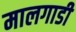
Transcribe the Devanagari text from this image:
मालगाडी